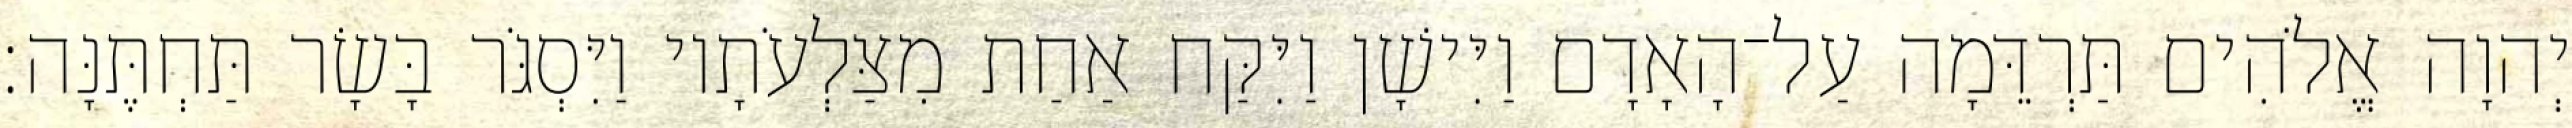
יְהוָה אֱלֹהִים תַּרְדֵּמָה עַל־הָאָדָם וַיִּישָׁן וַיִּקַּח אַחַת מִצַּלְעֹתָיו וַיִּסְגֹּר בָּשָׂר תַּחְתֶּנָּה׃